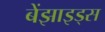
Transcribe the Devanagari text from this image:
बेंझाइड्स